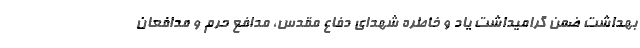
بهداشت ضمن گرامیداشت یاد و خاطره شهدای دفاع مقدس، مدافع حرم و مدافعان